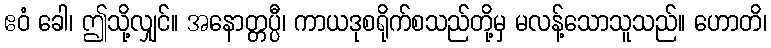
ဧဝံ ခေါ၊ ဤသို့လျှင်။ အနောတ္တပ္ပီ၊ ကာယဒုစရိုက်စသည်တို့မှ မလန့်သောသူသည်။ ဟောတိ၊